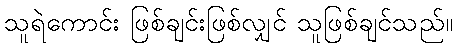
သူရဲကောင်း ဖြစ်ချင်းဖြစ်လျှင် သူဖြစ်ချင်သည်။